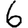
Digit: 6